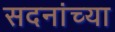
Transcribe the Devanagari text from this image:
सदनांच्या